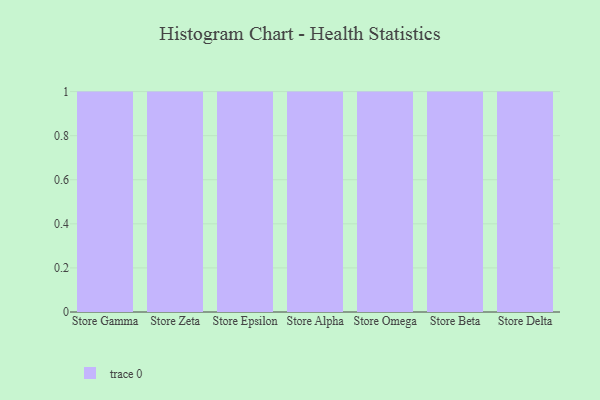
{"axis": {"x": "Store", "y": "Net Income (USD K)"}, "legend": [""], "data": [{"x": "Store Gamma", "y": 100, "type": ""}, {"x": "Store Zeta", "y": 17, "type": ""}, {"x": "Store Epsilon", "y": 1, "type": ""}, {"x": "Store Alpha", "y": 68, "type": ""}, {"x": "Store Omega", "y": 41, "type": ""}, {"x": "Store Beta", "y": 34, "type": ""}, {"x": "Store Delta", "y": 42, "type": ""}]}